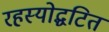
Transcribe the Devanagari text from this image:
रहस्योद्घटित